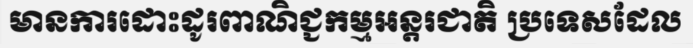
មានការដោះដូរពាណិជ្ជកម្មអន្តរជាតិ ប្រទេសដែល